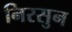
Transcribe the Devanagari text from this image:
निरसुन